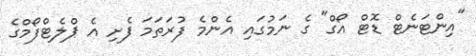
"އިންޓަނެޓް ޑޮޓް އޯގް" ގެ ނަމުގައި އެންމެ ފުރަތަމަ ފެށި އެ ޕްލެޓްފޯމްގެ